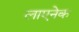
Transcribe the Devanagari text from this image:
लाएनेक